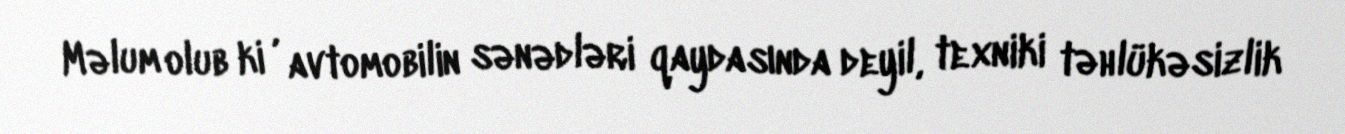
Məlum olub ki , avtomobilin sənədləri qaydasında deyil, texniki təhlükəsizlik